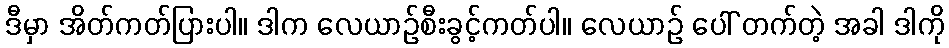
ဒီမှာ အိတ်ကတ်ပြားပါ။ ဒါက လေယာဉ်စီးခွင့်ကတ်ပါ။ လေယာဉ် ပေါ် တက်တဲ့ အခါ ဒါကို